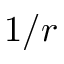
1 / r